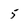
Character: 5